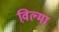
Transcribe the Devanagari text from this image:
व़िल्मा